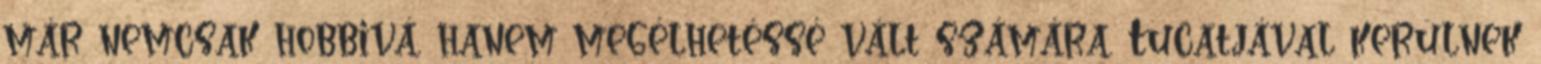
már nemcsak hobbivá, hanem megélhetéssé vált számára. Tucatjával kerülnek